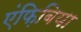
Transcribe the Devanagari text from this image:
एंफ़िबिया